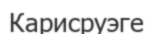
Карисруэге